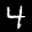
Label: 4